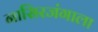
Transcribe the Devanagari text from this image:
नासिरजंगाला